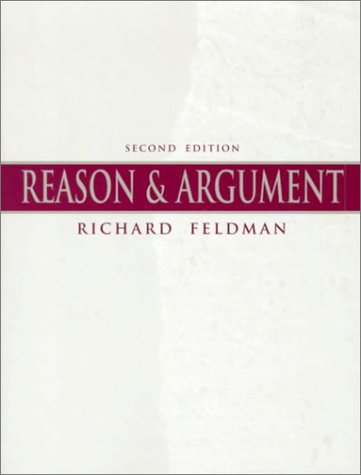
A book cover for Reason & Argument (2nd Edition); Richard Feldman; Politics & Social Sciences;